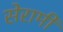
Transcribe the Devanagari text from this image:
सेरामी